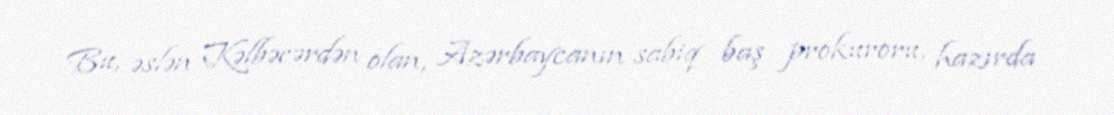
Bu, əslən Kəlbəcərdən olan, Azərbaycanın sabiq baş prokuroru, hazırda